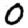
Digit: 0